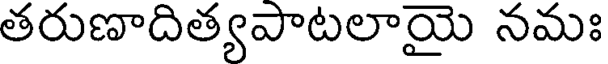
తరుణాదిత్యపాటలాయై నమః